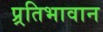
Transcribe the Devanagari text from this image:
प्र्रतिभावान